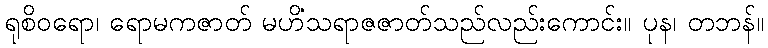
ရုစိဝရော၊ ရောမကဇာတ် မဟိံသရာဇဇာတ်သည်လည်းကောင်း။ ပုန၊ တဘန်။